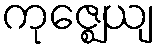
ကုဇ္ဈေယျ